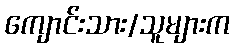
ကျောင်းသား/သူများက